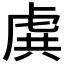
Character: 𧆾